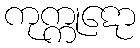
ကုက္ကုဋော